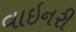
વાઇનરી